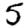
Digit: 5